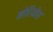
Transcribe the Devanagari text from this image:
मोरियोश